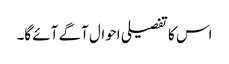
اس کا تفصیلی احوال آگے آئے گا۔